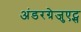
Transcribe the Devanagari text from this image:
अंडरग्रेजुएट्स